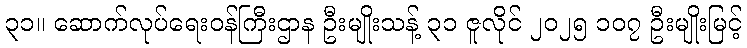
၃၁။ ဆောက်လုပ်ရေးဝန်ကြီးဌာန ဦးမျိုးသန့် ၃၁ ဇူလိုင် ၂၀၂၅ ၁၀၇ ဦးမျိုးမြင့်